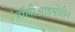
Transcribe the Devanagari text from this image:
पॉलीआइसोप्रीन